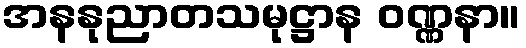
အနနုညာတသမုဋ္ဌာန ဝဏ္ဏနာ။